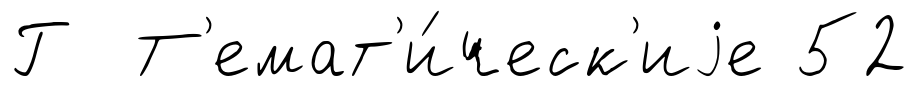
Г Т'емат'и́ческ'иjе 52